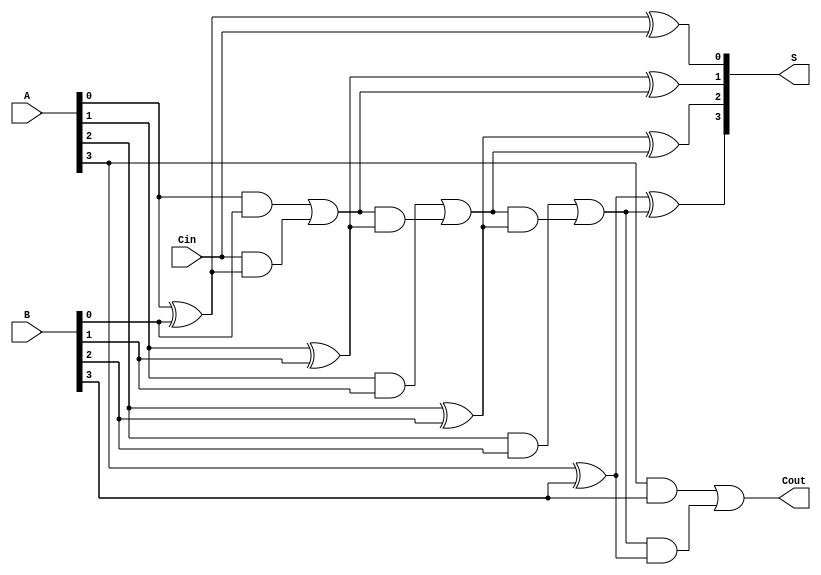
module ParallelFullAdder (
    input  [3:0] A,      // 4-bit input A
    input  [3:0] B,      // 4-bit input B
    input        Cin,     // Carry-in for the least significant bit
    output [3:0] S,      // 4-bit output Sum
    output       Cout     // Carry-out for the most significant bit
);

    wire [3:0] C; // Intermediate carry wires

    // Full Adder for bit 0
    assign S[0] = A[0] ^ B[0] ^ Cin;
    assign C[0] = (A[0] & B[0]) | (Cin & (A[0] ^ B[0]));

    // Full Adder for bit 1
    assign S[1] = A[1] ^ B[1] ^ C[0];
    assign C[1] = (A[1] & B[1]) | (C[0] & (A[1] ^ B[1]));

    // Full Adder for bit 2
    assign S[2] = A[2] ^ B[2] ^ C[1];
    assign C[2] = (A[2] & B[2]) | (C[1] & (A[2] ^ B[2]));

    // Full Adder for bit 3
    assign S[3] = A[3] ^ B[3] ^ C[2];
    assign Cout = (A[3] & B[3]) | (C[2] & (A[3] ^ B[3]));

endmodule